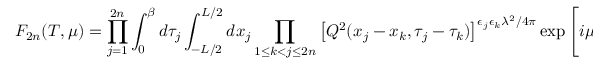
F _ { 2 n } ( T , \mu ) = \prod _ { j = 1 } ^ { 2 n } \int _ { 0 } ^ { \beta } d \tau _ { j } \int _ { - L / 2 } ^ { L / 2 } d x _ { j } \prod _ { 1 \leq k < j \leq 2 n } \left[ Q ^ { 2 } ( x _ { j } - x _ { k } , \tau _ { j } - \tau _ { k } ) \right] ^ { \epsilon _ { j } \epsilon _ { k } \lambda ^ { 2 } / 4 \pi } \exp \left[ i \mu \frac { \lambda ^ { 2 } } { 4 \pi } \sum _ { j = 1 } ^ { 2 n } \epsilon _ { j } x _ { j } \right] ,